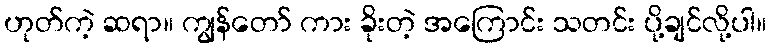
ဟုတ်ကဲ့ ဆရာ။ ကျွန်တော် ကား ခိုးတဲ့ အကြောင်း သတင်း ပို့ချင်လို့ပါ။